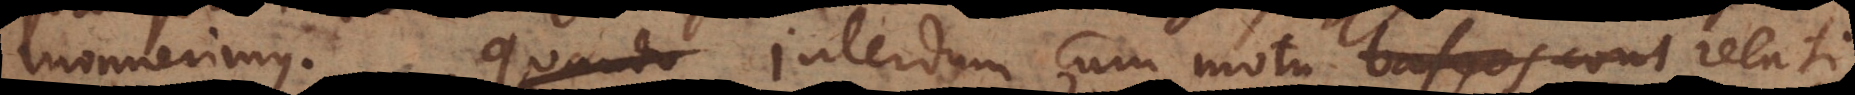
monuerimus. Interdum cum motu baseos con t relati